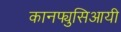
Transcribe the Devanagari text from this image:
कानफ्युसिआयी